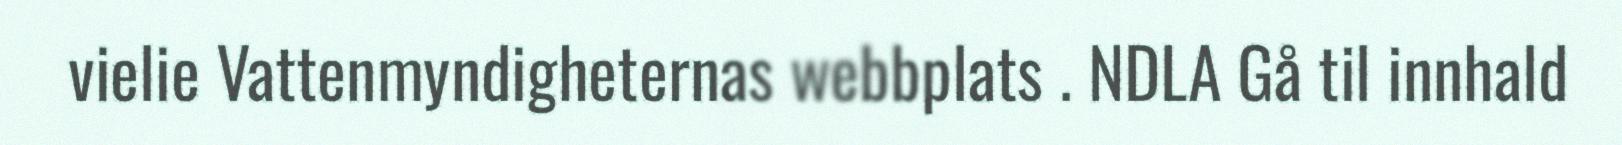
vielie Vattenmyndigheternas webbplats . NDLA Gå til innhald